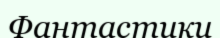
Фантастики